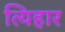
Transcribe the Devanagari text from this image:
त्यिहार